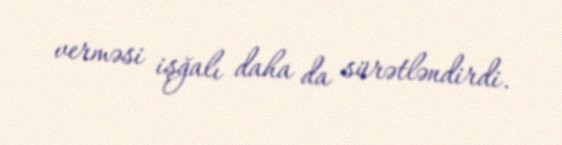
verməsi işğalı daha da sürətləndirdi.